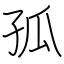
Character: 孤